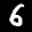
Label: 6